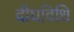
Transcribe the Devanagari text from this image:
दीघविधि